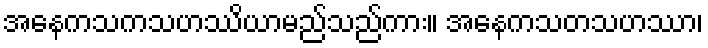
အနေကသကသဟဿိယာမည်သည်ကား။ အနေကသတသဟဿာ၊